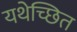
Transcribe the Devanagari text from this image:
यथेच्छित